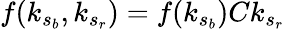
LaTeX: f(k_{s_{b}},k_{s_{r}})=f(k_{s_{b}})Ck_{s_{r}}